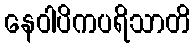
နေဝါပိကပရိသာတိ